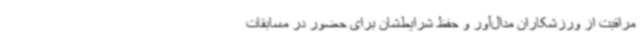
مراقبت از ورزشکاران مدال‌آور و حفظ شرایط‌شان برای حضور در مسابقات